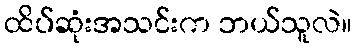
ထိပ်ဆုံးအသင်းက ဘယ်သူလဲ။